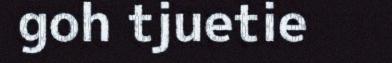
goh tjuetie